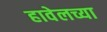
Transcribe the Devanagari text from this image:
हावेलच्या